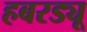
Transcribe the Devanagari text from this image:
हबरड्यू